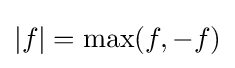
|f|=\max(f,-f)